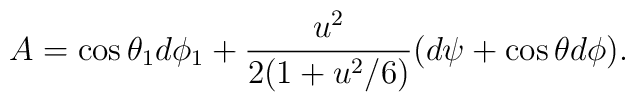
A=\cos{\theta_1} d\phi_1 +{u^2 \over 2(1+u^2/6)}(d\psi+\cos\theta d\phi).